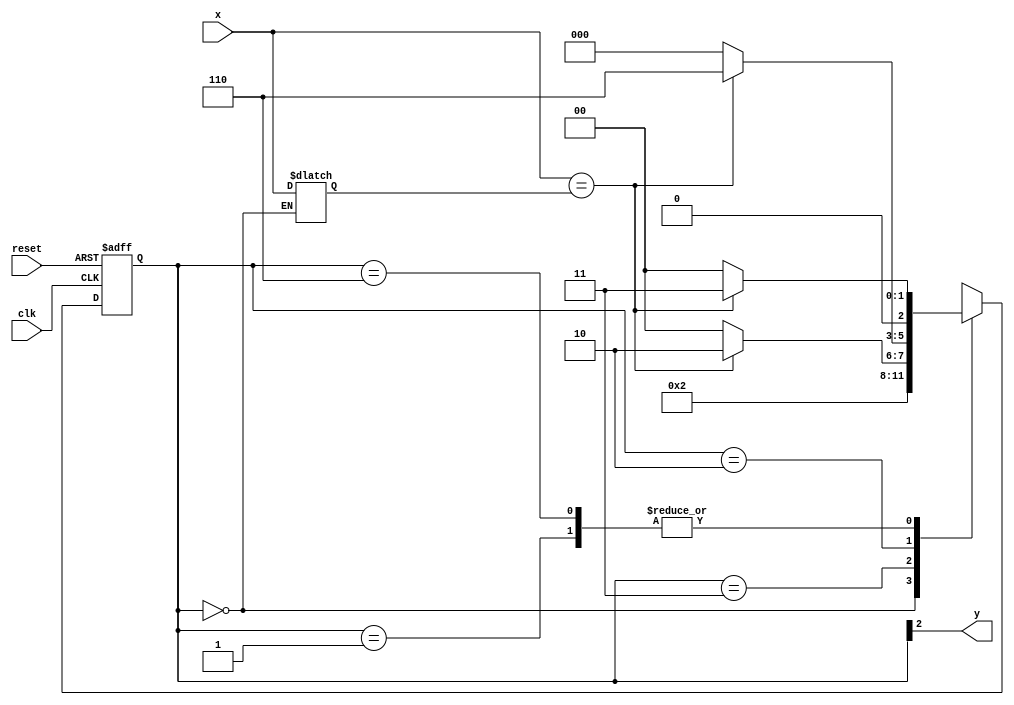
// Exemplo0056 - EXTRA
// Aluno: Gustavo Barbosa

// -------------- 
// --- Moore FSM 
// -------------- 

// constant definition 
`define found 1 
`define notfound 0 

// FSM by Moore 
module moorexxxx ( y, x, clk, reset ); 
output y; 
input x; 
input clk; 
input reset; 
reg y; 
reg z;
parameter // state identifiers 

start = 3'b000, 
id1 = 3'b001, 
id11 = 3'b011, 
id110 = 3'b010, 
id1101 = 3'b110; // signal found 

reg [2:0] E1; // current state variables 
reg [2:0] E2; // next state logic output 

// next state logic 
always @( x or E1 ) 
	begin 
	case( E1 ) 
	start:   
	begin
     E2 = id1; 
	  z = x;
	 end
	id1: 
		if ( x == z ) 
			E2 = id11; 
		else 
		   E2 = start; 
	id11: 
		if ( x == z ) 
			E2 = id110; 
		else 
			E2 = start; 
	id110: 
		if ( x == z ) 
			E2 = id1101; 
		else 
			E2 = start; 
	id1101: 
		if ( x == z ) 
			E2 = id11; 
		else
			E2 = start;
default: // undefined statee 
E2 = 3'bxxx; 
endcase 
end // always at signal or state changing 

// state variables 
always @( posedge clk or negedge reset ) 
begin 
if ( reset ) 
E1 = E2; // updates current state 
else 
E1 = 0; // reset 
end // always at signal changing 

// output logic 
always @( E1 ) 
begin 
y = E1[2]; // first bit of state value 

end // always at state changing 

endmodule // moorexxxx